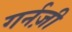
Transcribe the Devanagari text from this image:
गर्नज़ी